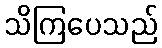
သိကြပေသည်